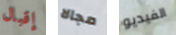
إقبال مجالا الفيديو